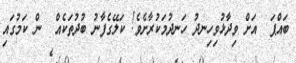
ބައްޕަ  އަށް ވިދާޅުވިހިނދު ހަނދުމަކުރާށެވެ! ކަލޭގެފާނު ބުދުތަކެއް  ން ކަމުގައި